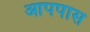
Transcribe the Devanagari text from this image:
आपपास